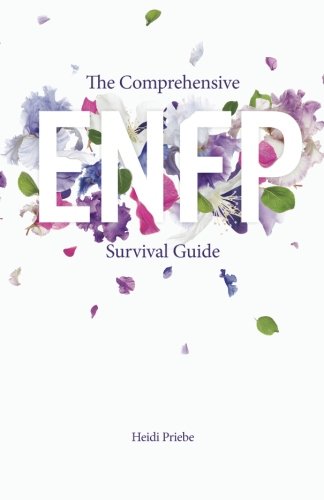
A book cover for The Comprehensive ENFP Survival Guide; Heidi Priebe; Medical Books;